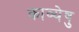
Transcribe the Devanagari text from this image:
काव्येषु